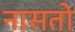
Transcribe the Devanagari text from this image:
नासतो